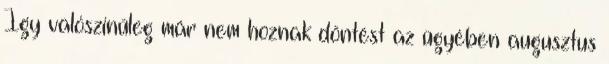
Így valószínűleg már nem hoznak döntést az ügyében augusztus